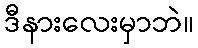
ဒီနားလေးမှာဘဲ။